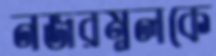
নজরম্নলকে